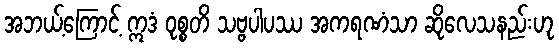
အဘယ့်ကြောင့် ဣဒံ ဝုစ္စတိ သဗ္ဗပါပဿ အကရဏံသာ ဆိုလေသနည်းဟု